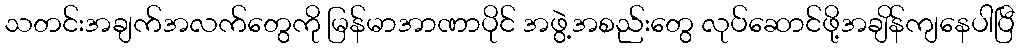
သတင်းအချက်အလက်တွေကို မြန်မာအာဏာပိုင် အဖွဲ့အစည်းတွေ လုပ်ဆောင်ဖို့အချိန်ကျနေပါပြီ